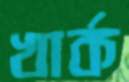
খার্ক